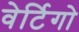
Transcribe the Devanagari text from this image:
वेर्टिगो